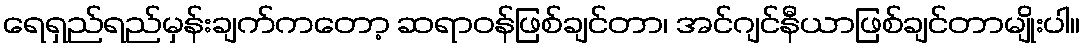
ရေရှည်ရည်မှန်းချက်ကတော့ ဆရာဝန်ဖြစ်ချင်တာ၊ အင်ဂျင်နီယာဖြစ်ချင်တာမျိုးပါ။